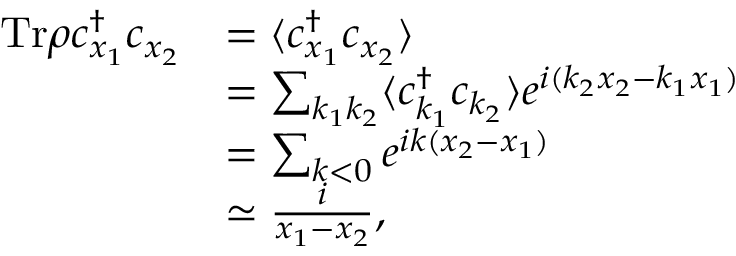
\begin{array} { r l } { \mathrm { T r } \rho c _ { x _ { 1 } } ^ { \dagger } c _ { x _ { 2 } } } & { = \langle c _ { x _ { 1 } } ^ { \dagger } c _ { x _ { 2 } } \rangle } \\ & { = \sum _ { k _ { 1 } k _ { 2 } } \langle c _ { k _ { 1 } } ^ { \dagger } c _ { k _ { 2 } } \rangle e ^ { i ( k _ { 2 } x _ { 2 } - k _ { 1 } x _ { 1 } ) } } \\ & { = \sum _ { k < 0 } e ^ { i k ( x _ { 2 } - x _ { 1 } ) } } \\ & { \simeq \frac { i } { x _ { 1 } - x _ { 2 } } , } \end{array}